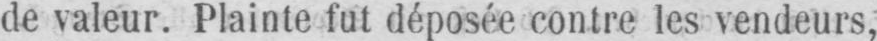
de valeur. Plainte fut déposée contre les vendeurs,